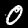
Digit: 0